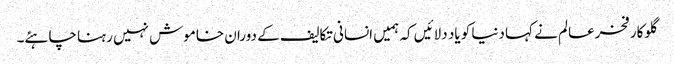
گلوکار فخرعالم نے کہا دنیا کو یاد دلائیں کہ ہمیں انسانی تکالیف کے دوران خاموش نہیں رہنا چاہئے۔